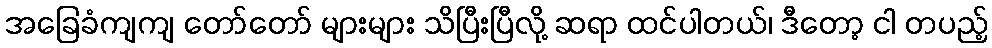
အခြေခံကျကျ တော်တော် များများ သိပြီးပြီလို့ ဆရာ ထင်ပါတယ်၊ ဒီတော့ ငါ တပည့်